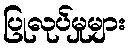
ပြုလုပ်မှုများ